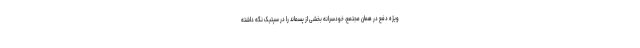
ویژه دفع در همان مجتمع، خودسرانه بخشی از پسماند را در سپتیک نگه داشته